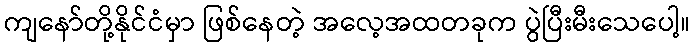
ကျနော်တို့နိုင်ငံမှာ ဖြစ်နေတဲ့ အလေ့အထတခုက ပွဲပြီးမီးသေပေါ့။